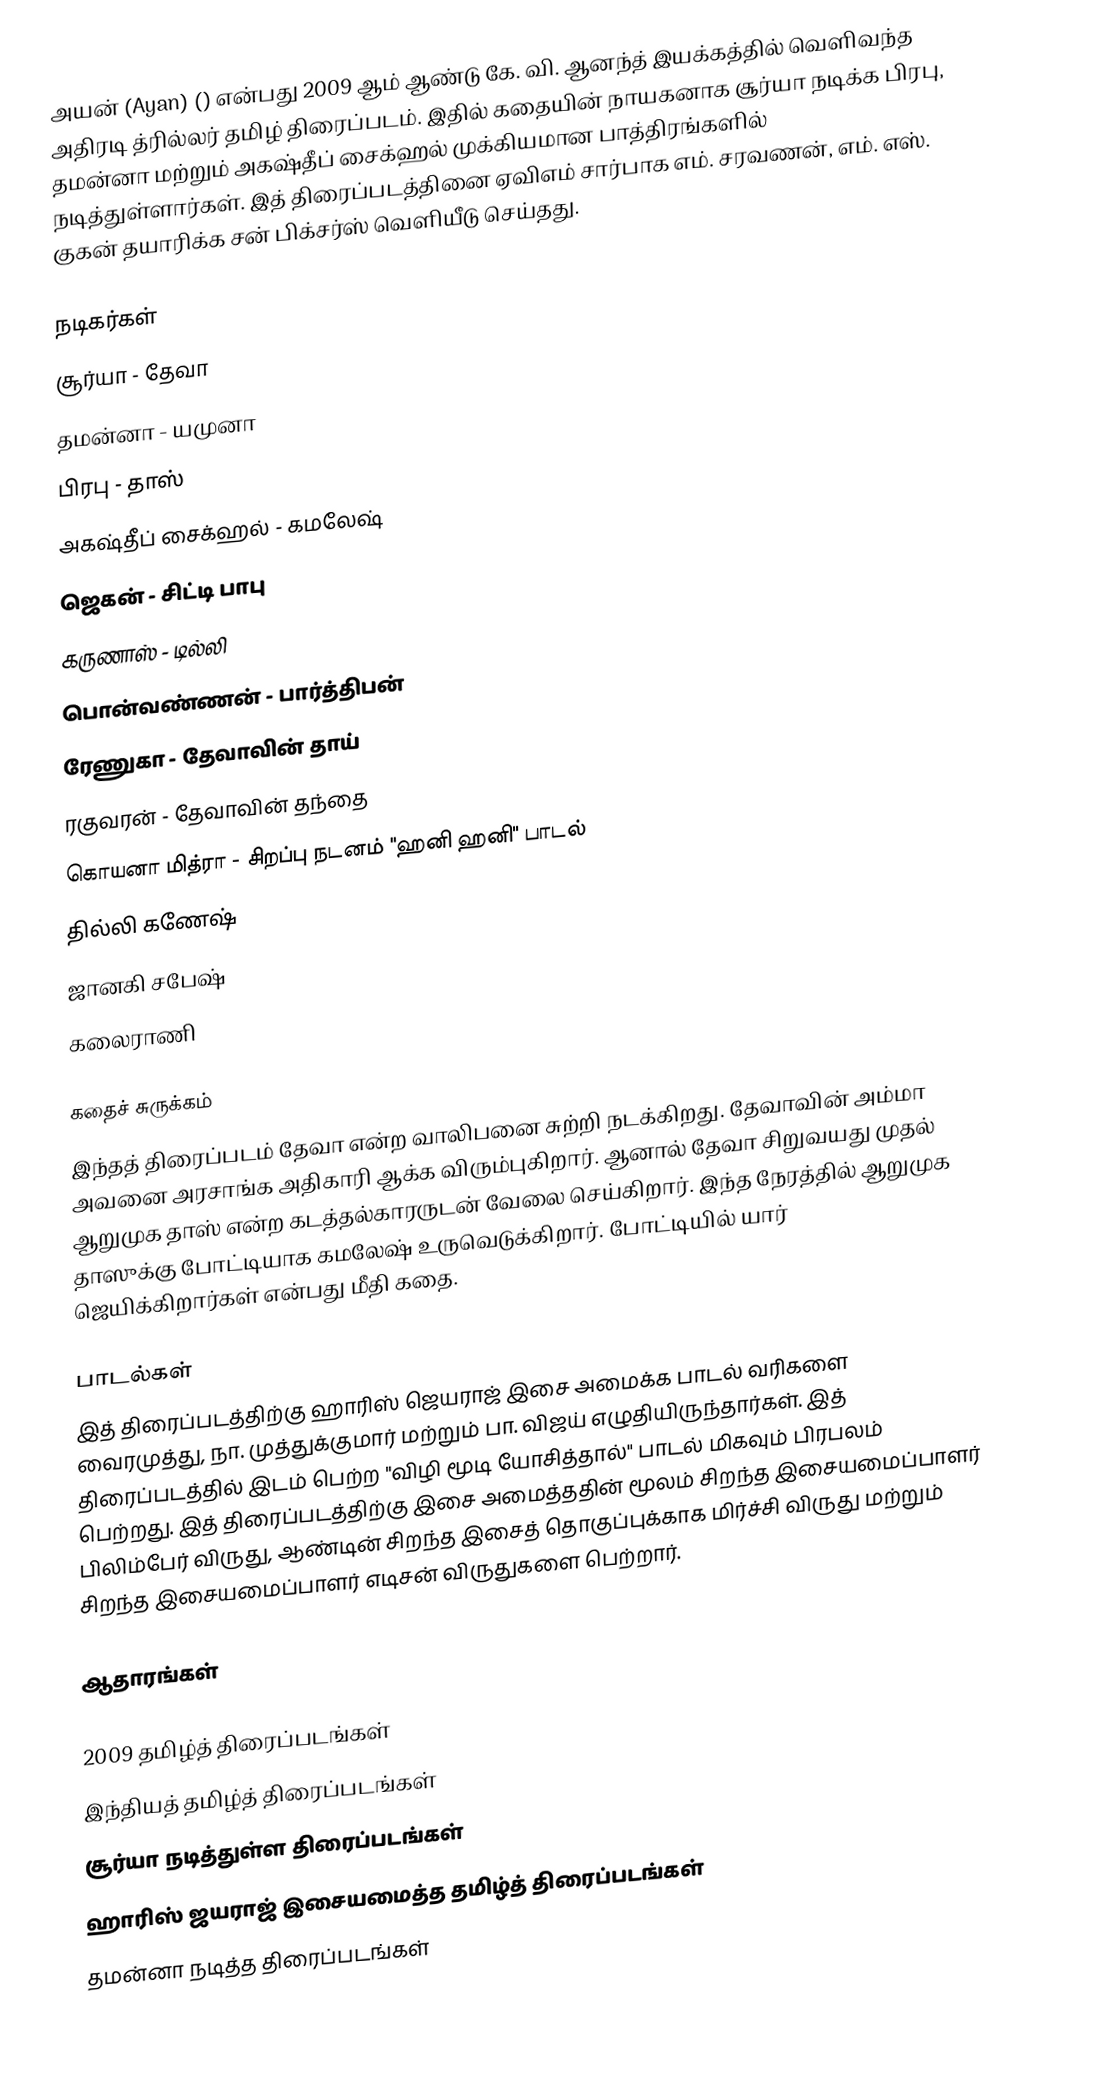
அயன் (Ayan) () என்பது 2009 ஆம் ஆண்டு கே. வி. ஆனந்த் இயக்கத்தில் வெளிவந்த அதிரடி த்ரில்லர் தமிழ் திரைப்படம். இதில் கதையின் நாயகனாக சூர்யா நடிக்க பிரபு, தமன்னா மற்றும் அகஷ்தீப் சைக்ஹல் முக்கியமான பாத்திரங்களில் நடித்துள்ளார்கள். இத் திரைப்படத்தினை ஏவிஎம் சார்பாக எம். சரவணன், எம். எஸ். குகன் தயாரிக்க சன் பிக்சர்ஸ் வெளியீடு செய்தது.

நடிகர்கள்
 சூர்யா - தேவா
 தமன்னா - யமுனா
 பிரபு - தாஸ்
 அகஷ்தீப் சைக்ஹல் - கமலேஷ்
 ஜெகன் - சிட்டி பாபு
 கருணாஸ் - டில்லி
 பொன்வண்ணன் - பார்த்திபன்
 ரேணுகா - தேவாவின் தாய்
 ரகுவரன் - தேவாவின் தந்தை
 கொயனா மித்ரா - சிறப்பு நடனம் "ஹனி ஹனி" பாடல்
 தில்லி கணேஷ்
 ஜானகி சபேஷ்
 கலைராணி

கதைச் சுருக்கம்
இந்தத் திரைப்படம் தேவா என்ற வாலிபனை சுற்றி நடக்கிறது. தேவாவின் அம்மா அவனை அரசாங்க அதிகாரி ஆக்க விரும்புகிறார். ஆனால் தேவா சிறுவயது முதல் ஆறுமுக தாஸ் என்ற கடத்தல்காரருடன் வேலை செய்கிறார். இந்த நேரத்தில் ஆறுமுக தாஸுக்கு போட்டியாக கமலேஷ் உருவெடுக்கிறார். போட்டியில் யார் ஜெயிக்கிறார்கள் என்பது மீதி கதை.

பாடல்கள்
இத் திரைப்படத்திற்கு ஹாரிஸ் ஜெயராஜ் இசை அமைக்க  பாடல் வரிகளை வைரமுத்து, நா. முத்துக்குமார் மற்றும் பா. விஜய் எழுதியிருந்தார்கள். இத் திரைப்படத்தில் இடம் பெற்ற "விழி மூடி யோசித்தால்"  பாடல் மிகவும் பிரபலம் பெற்றது. இத் திரைப்படத்திற்கு இசை அமைத்ததின் மூலம் சிறந்த இசையமைப்பாளர் பிலிம்பேர் விருது, ஆண்டின் சிறந்த இசைத் தொகுப்புக்காக  மிர்ச்சி விருது மற்றும் சிறந்த இசையமைப்பாளர் எடிசன் விருதுகளை பெற்றார்.

ஆதாரங்கள்

2009 தமிழ்த் திரைப்படங்கள்
இந்தியத் தமிழ்த் திரைப்படங்கள்
சூர்யா நடித்துள்ள திரைப்படங்கள்
ஹாரிஸ் ஜயராஜ் இசையமைத்த தமிழ்த் திரைப்படங்கள்
தமன்னா நடித்த திரைப்படங்கள்